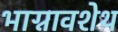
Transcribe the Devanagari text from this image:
भाग्नावशेथ